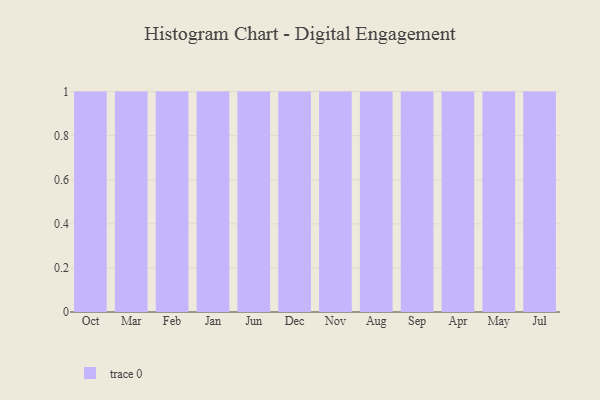
{"axis": {"x": "Month", "y": "Conversion Rate (%)"}, "legend": [""], "data": [{"x": "Oct", "y": 97, "type": ""}, {"x": "Mar", "y": 62, "type": ""}, {"x": "Feb", "y": 34, "type": ""}, {"x": "Jan", "y": 15, "type": ""}, {"x": "Jun", "y": 45, "type": ""}, {"x": "Dec", "y": 39, "type": ""}, {"x": "Nov", "y": 47, "type": ""}, {"x": "Aug", "y": 39, "type": ""}, {"x": "Sep", "y": 35, "type": ""}, {"x": "Apr", "y": 60, "type": ""}, {"x": "May", "y": 87, "type": ""}, {"x": "Jul", "y": 6, "type": ""}]}